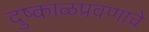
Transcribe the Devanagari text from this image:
दुष्काळप्रवणाचे